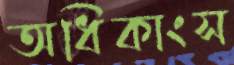
অধিকাংস